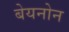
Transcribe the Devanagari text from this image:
बेयनोन